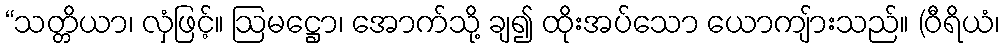
“သတ္တိယာ၊ လှံဖြင့်။ ဩမဋ္ဌော၊ အောက်သို့ ချ၍ ထိုးအပ်သော ယောကျ်ားသည်။ (ဝီရိယံ၊